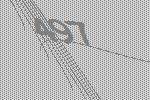
497